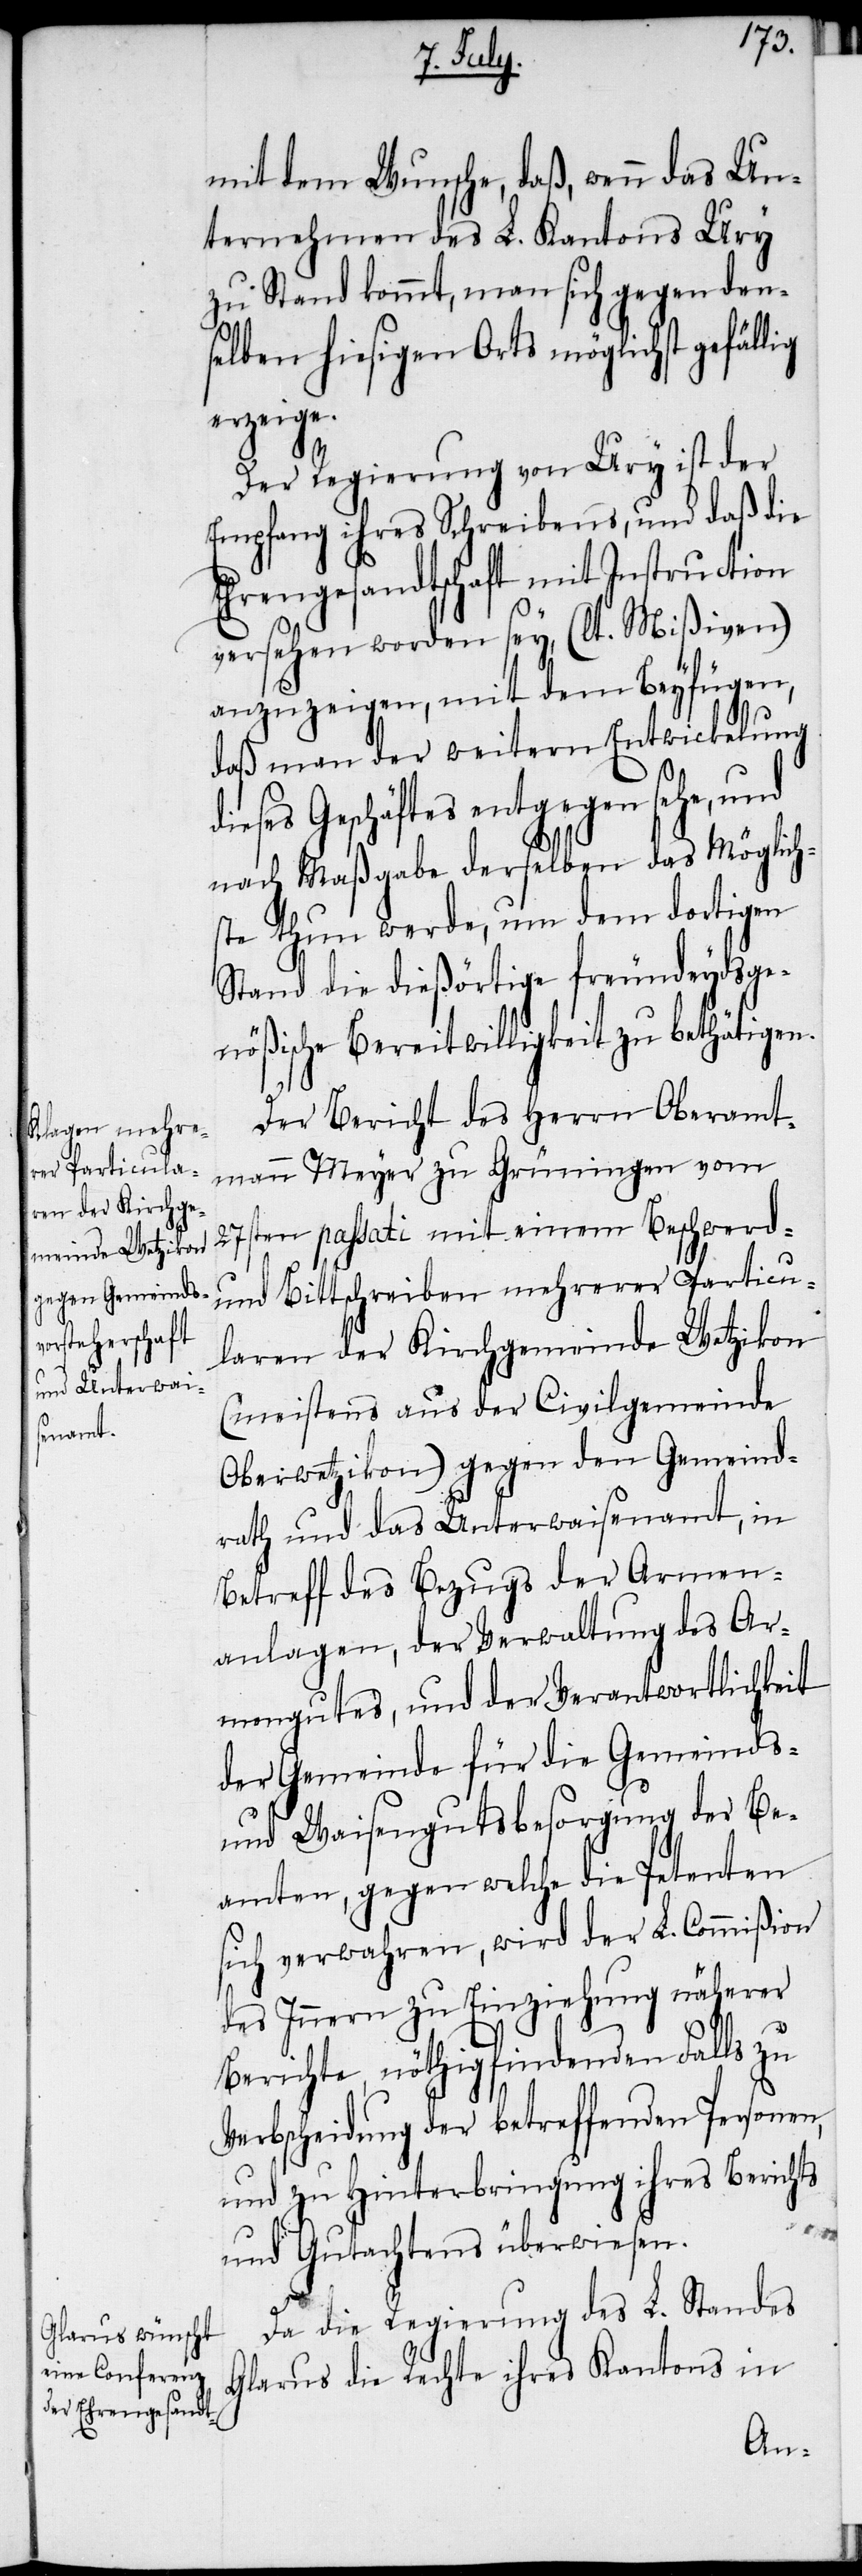
mit dem Wunsche, daß, wenn das Un¬
ternehmen des L. Kantons Ury
zu Stand kommt, man sich gegen den¬
selben hiesigen Orts möglichst gefällig
erzeige.
Der Regierung von Ury ist der
Empfang ihres Schreibens, und daß die
Ehrengesandtschaft mit Instruction
versehen worden sey, (lt. Mißiven)
anzuzeigen, mit dem Beyfügen,
daß man der weitern Entwickelung
ieses Geschäftes entgegen sehe, und
nach Maßgabe derselben das Möglich¬
ste thun werde, um dem dortigen
Stand die dießörtige freundeydsge¬
nößische Bereitwilligkeit zu bethätigen.
Der Bericht des Herrn Oberamt¬
mann Meyer zu Grüningen vom
27sten passati mit einem Beschwerd-
und Bittschreiben mehrerer Particu¬
laren der Kirchgemeinde Wetzikon
(meistens aus der Civilgemeinde
Oberwetzikon) gegen den Gemeind¬
rath und das Unterwaisenamt, in
Betreff des Bezugs der Armen¬
anlagen, der Verwaltung des Ar¬
mengutes, und der Verantwortlichkeit
der Gemeinde für die Gemeinds-
und Waisengutsbesorgung der Be¬
amten, gegen welche die Petenten
sich verwahren, wird der L. Commißion
des Innern zu Einziehung näherer
Berichte, nöthigfindenden Falls zu
Verbscheidung der betreffenden Personen,
und zu Hinterbringung ihres Berichts
d¬
und Gutachtens überwiesen.
Da die Regierung des L. Standes
Glarus die Rechte ihres Kantons in